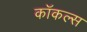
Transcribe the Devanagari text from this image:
कॉकल्स